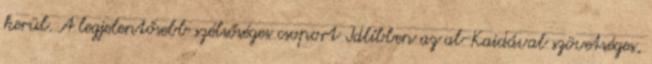
kerül. A legjelentősebb szélsőséges csoport Idlíbben az al-Kaidával szövetséges,